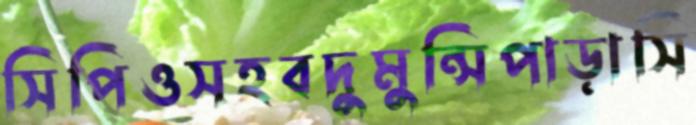
সিপিওসহবদুমুন্সিপাড়াসি